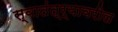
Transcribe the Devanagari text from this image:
स्वातंत्र्यावरील